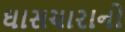
ઘાસચારાનો